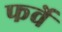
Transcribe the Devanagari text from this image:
फर्वे